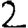
Digit: 2